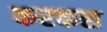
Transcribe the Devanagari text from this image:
करकस